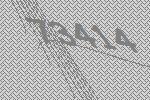
73414